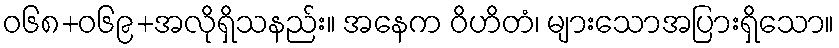
ဝ၆၈+၀၆၉+အလိုရှိသနည်း။ အနေက ဝိဟိတံ၊ များသောအပြားရှိသော။